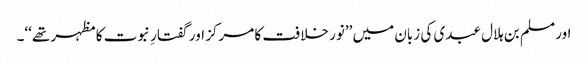
اور مسلم بن ہلال عبدی کی زبان میں ’’نور خلافت کا مرکز اور گفتارِ نبوت کا مظہر تھے‘‘۔